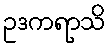
ဥဒကရာသိ